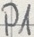
Text: P1